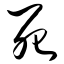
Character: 死